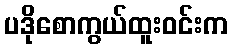
ပဒိုစောကွယ်ထူးဝင်းက